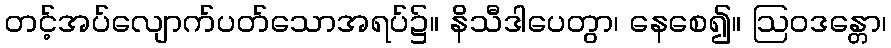
တင့်အပ်လျောက်ပတ်သောအရပ်၌။ နိသီဒါပေတွာ၊ နေစေ၍။ ဩဝဒန္တော၊